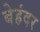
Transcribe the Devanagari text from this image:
बेहंदर